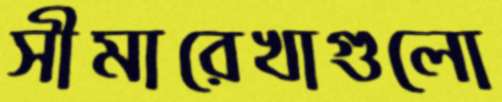
সীমারেখাগুলো